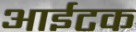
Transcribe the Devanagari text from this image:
आईटक